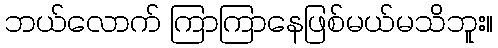
ဘယ်လောက် ကြာကြာနေဖြစ်မယ်မသိဘူး။